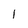
Character: 1